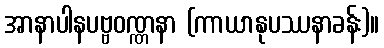
အာနာပါနပဗ္ဗဝဏ္ဏနာ (ကာယာနုပဿနာခန်း)။